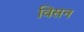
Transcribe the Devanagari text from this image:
विसन